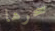
سحرها